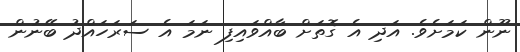
ނޫން ކަމަށެވެ. އަދި އެ ގޮތަށް ބާއްވައިފި ނަމަ އެ ސަރަހައްދު ބޭނުން